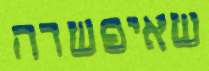
שאיפשרה